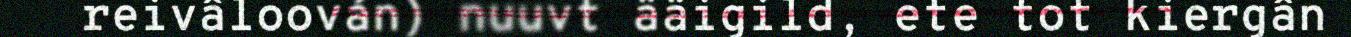
reivâloován) nuuvt ääigild, ete tot kiergân